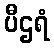
ပီဌရံ